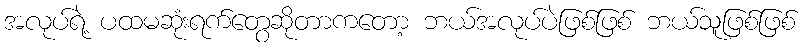
အလုပ်ရဲ့ ပထမဆုံးရက်တွေဆိုတာကတော့ ဘယ်အလုပ်ပဲဖြစ်ဖြစ် ဘယ်သူဖြစ်ဖြစ်